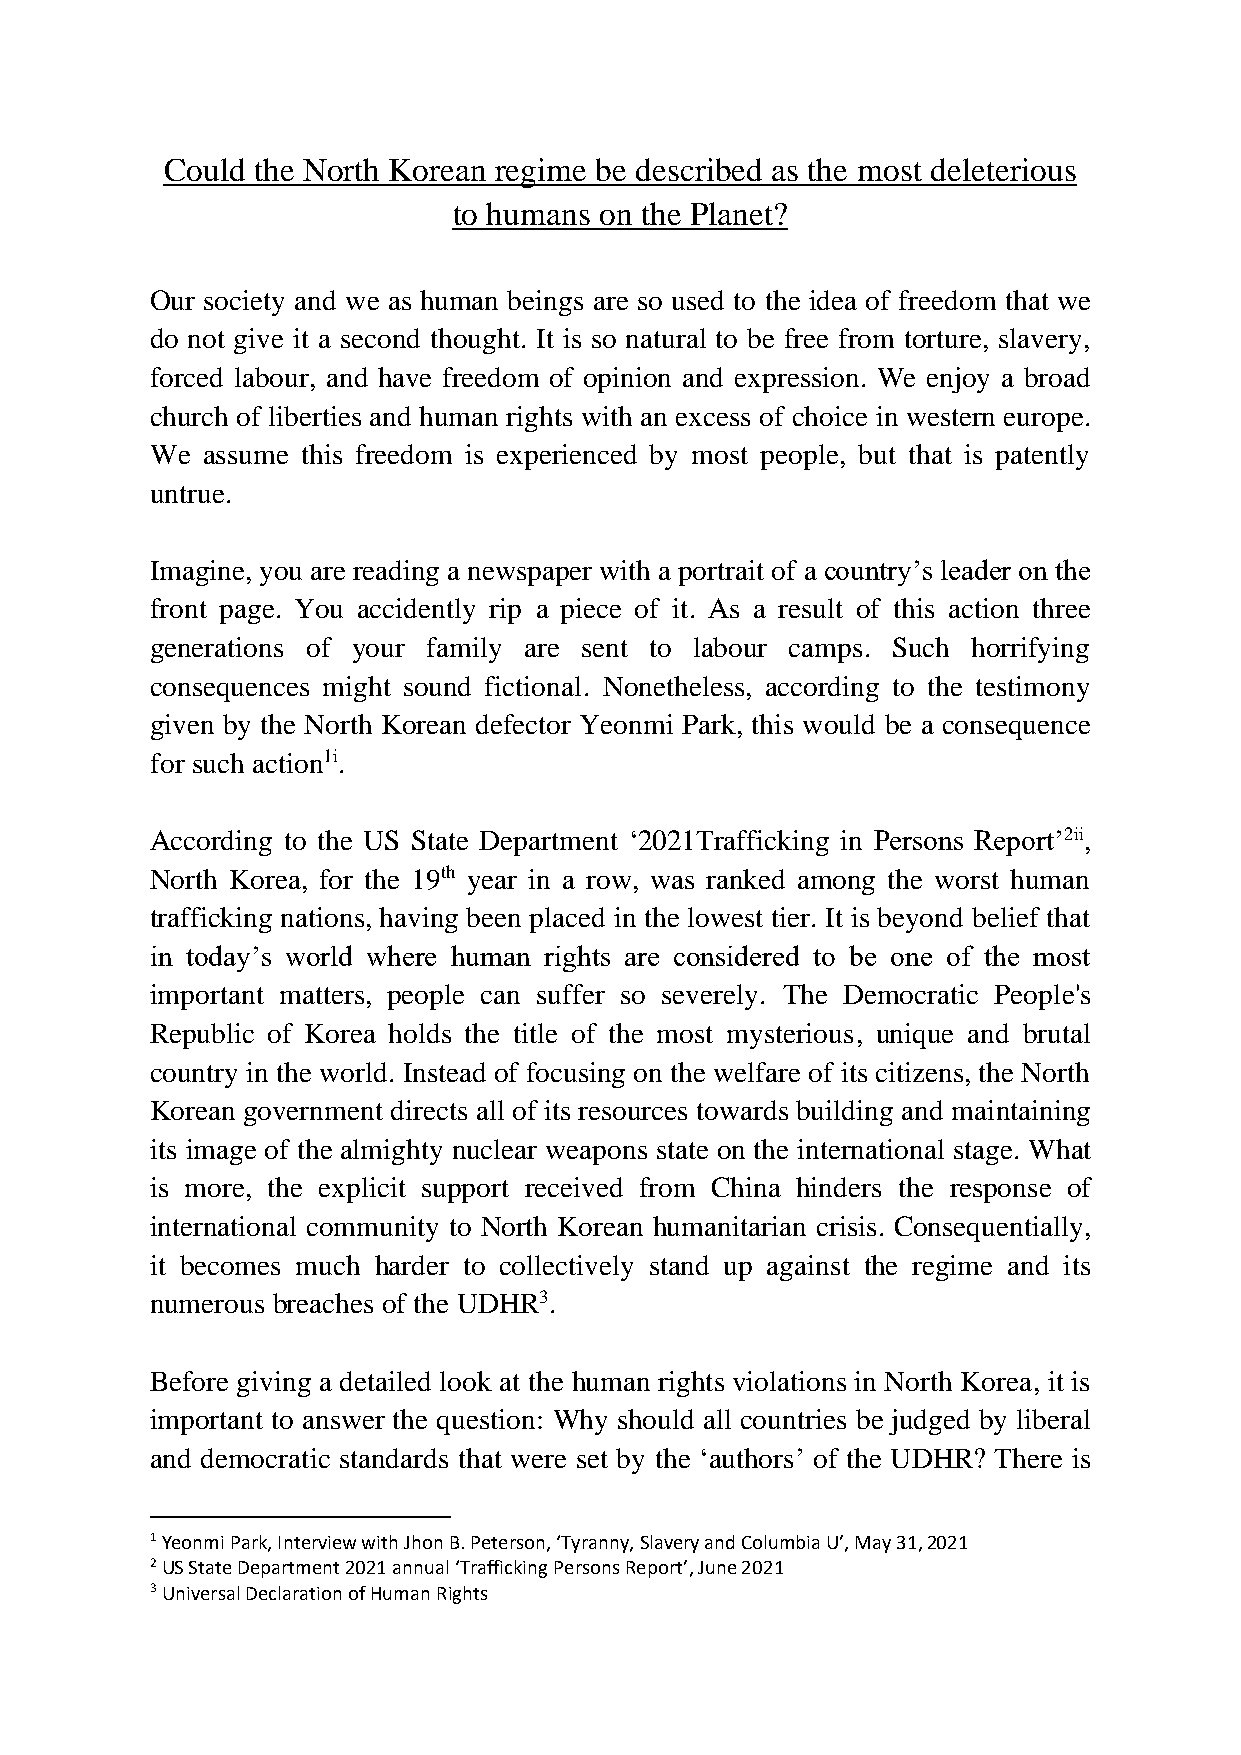
Could the North Korean regime be described as the most deleterious
 to humans on the Planet?
 Our society and we as human beings are so used to the idea of freedom that we
 do not give it a second thought. It is so natural to be free from torture, slavery,
 forced labour, and have freedom of opinion and expression. We enjoy a broad
 church of liberties and human rights with an excess of choice in western europe.
 We assume this freedom is experienced by most people, but that is patently
 untrue.
 Imagine, you are reading a newspaper with a portrait of a country’s leader on the
 front page. You accidently rip a piece of it. As a result of this action three
 generations of your family are sent to labour camps. Such horrifying
 consequences might sound fictional. Nonetheless, according to the testimony
 given by the North Korean defector Yeonmi Park, this would be a consequence
 for such action1i.
 According to the US State Department ‘2021Trafficking in Persons Report’2ii,
 North Korea, for the 19th year in a row, was ranked among the worst human
 trafficking nations, having been placed in the lowest tier. It is beyond belief that
 in today’s world where human rights are considered to be one of the most
 important matters, people can suffer so severely. The Democratic People's
 Republic of Korea holds the title of the most mysterious, unique and brutal
 country in the world. Instead of focusing on the welfare of its citizens, the North
 Korean government directs all of its resources towards building and maintaining
 its image of the almighty nuclear weapons state on the international stage. What
 is more, the explicit support received from China hinders the response of
 international community to North Korean humanitarian crisis. Consequentially,
 it becomes much harder to collectively stand up against the regime and its
 numerous breaches of the UDHR3.
 Before giving a detailed look at the human rights violations in North Korea, it is
 important to answer the question: Why should all countries be judged by liberal
 and democratic standards that were set by the ‘authors’ of the UDHR? There is
 1 Yeonmi Park, Interview with Jhon B. Peterson, ‘Tyranny, Slavery and Columbia U’, May 31, 2021
 2 US State Department 2021 annual ‘Trafficking Persons Report’, June 2021
 3 Universal Declaration of Human Rights